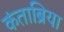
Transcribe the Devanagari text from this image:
कंताब्रिया